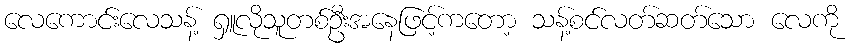
လေကောင်းလေသန့် ရှူလိုသူတစ်ဦးအနေဖြင့်ကတော့ သန့်စင်လတ်ဆတ်သော လေကို